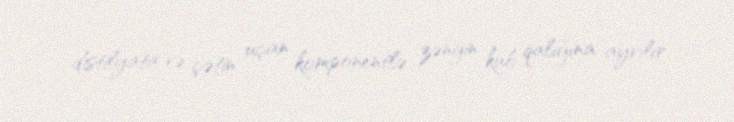
distilyata və çətin uçan komponentlə zəngin kub qalığına ayrılır.